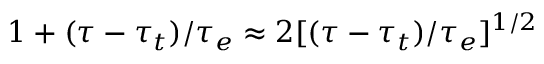
1 + ( \tau - \tau _ { t } ) / \tau _ { e } \approx 2 [ ( \tau - \tau _ { t } ) / \tau _ { e } ] ^ { 1 / 2 }